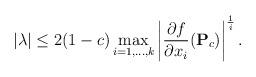
LaTeX: \begin{align*}|\lambda | \le 2 (1-c) \max_{i=1,\dots,k} \left | \frac{\partial f}{\partial x_i }(\mathbf{P}_c) \right |^{\frac{1}{i}}.\end{align*}